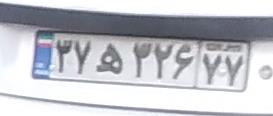
۳۷ه۳۲۶۷۷